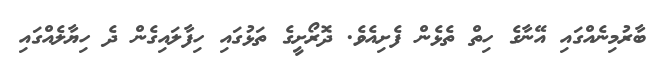
ބާރުމިނެއްގައި އޭނާގެ ހިތް ތެޅެން ފެށިއެވެ. ދޮރޯށީގެ ތަޅުގައި ހިފާލައިގެން ދެ ހިޔާލެއްގައި